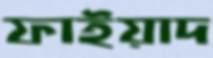
ফাইয়াদ